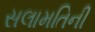
સલામતિની